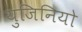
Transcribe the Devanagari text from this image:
युजिनियो